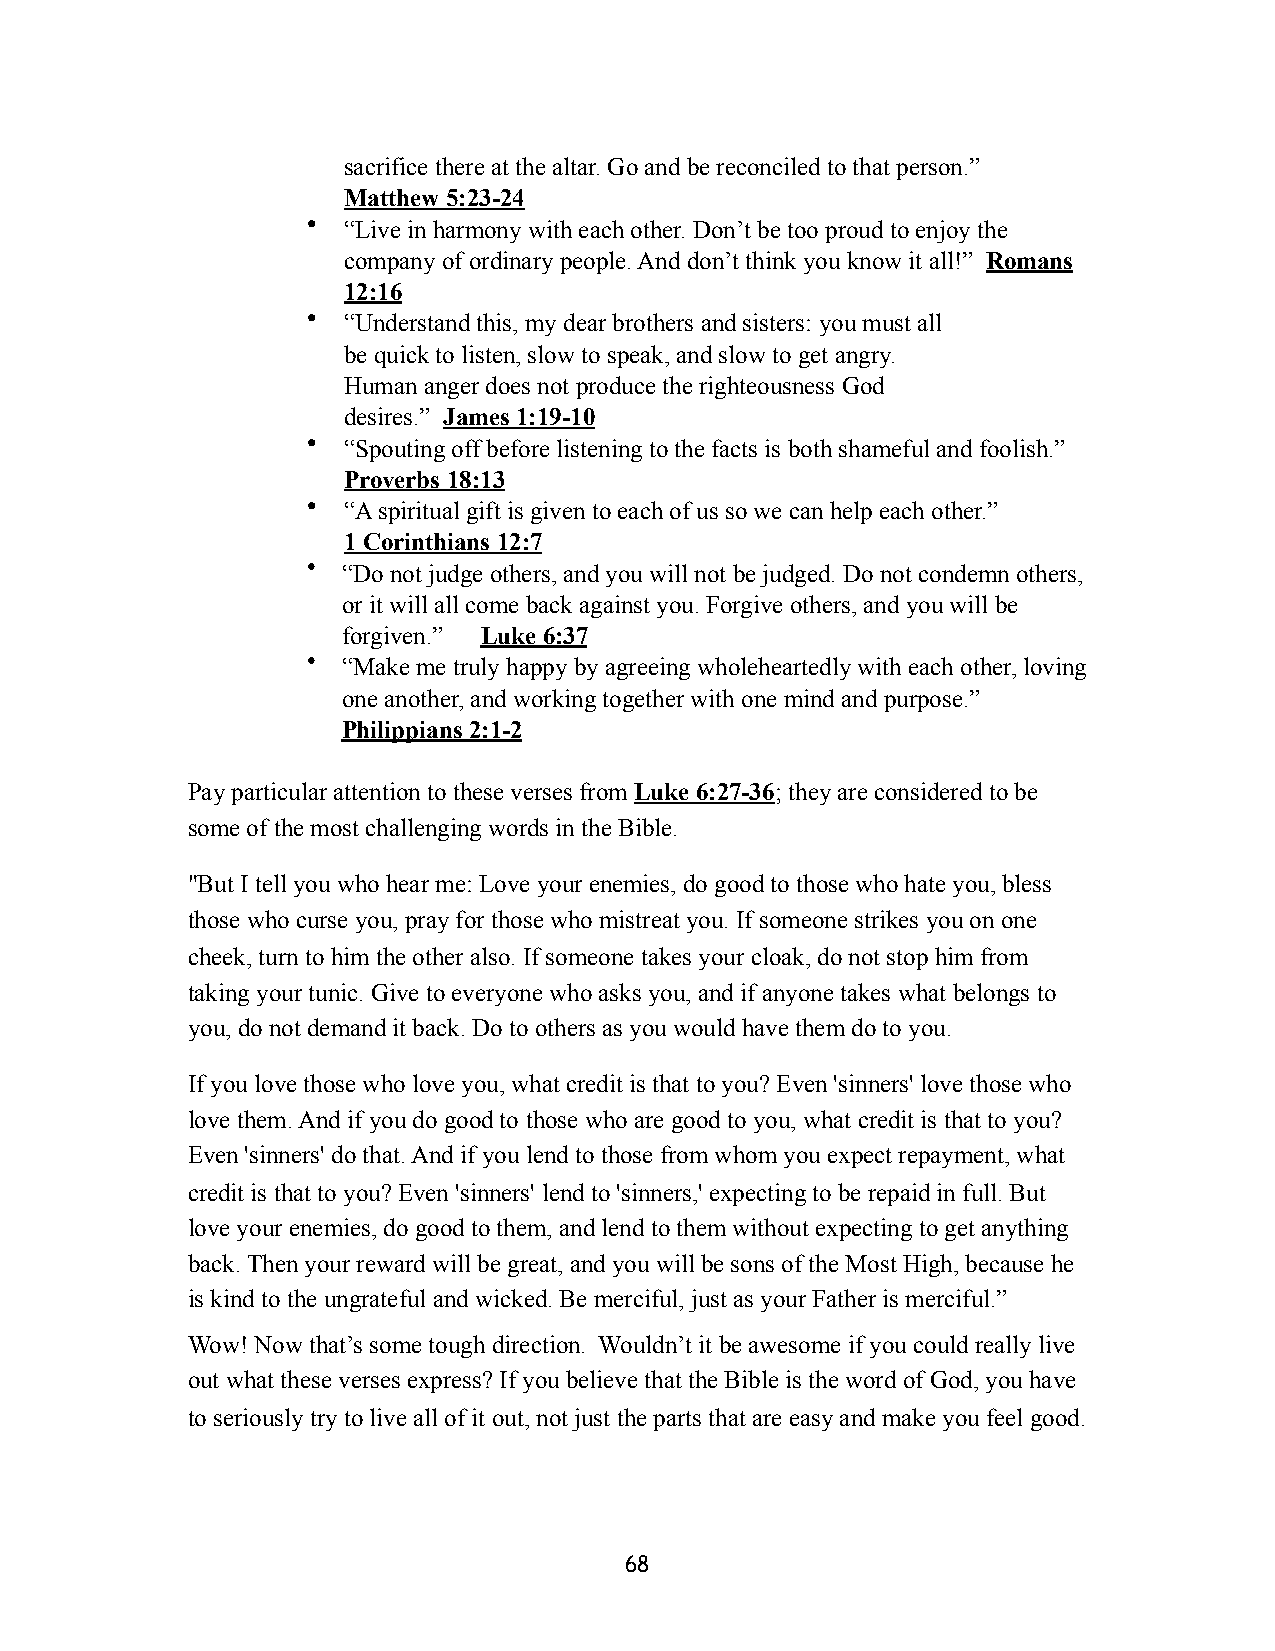
sacrifice there at the altar. Go and be reconciled to that person.”
 Matthew 5:23-24
 •  “Live in harmony with each other. Don’t be too proud to enjoy the
 company of ordinary people. And don’t think you know it all!” Romans
 12:16
 •  “Understand this, my dear brothers and sisters: you must all
 be quick to listen, slow to speak, and slow to get angry.
 Human anger does not produce the righteousness God
 desires.” James 1:19-10
 •  “Spouting off before listening to the facts is both shameful and foolish.”
 Proverbs 18:13
 •  “A spiritual gift is given to each of us so we can help each other.”
 1 Corinthians 12:7
 •  “Do not judge others, and you will not be judged. Do not condemn others,
 or it will all come back against you. Forgive others, and you will be
 forgiven.” Luke 6:37
 •  “Make me truly happy by agreeing wholeheartedly with each other, loving
 one another, and working together with one mind and purpose.”
 Philippians 2:1-2
 Pay particular attention to these verses from Luke 6:27-36; they are considered to be
 some of the most challenging words in the Bible.
 "But I tell you who hear me: Love your enemies, do good to those who hate you, bless
 those who curse you, pray for those who mistreat you. If someone strikes you on one
 cheek, turn to him the other also. If someone takes your cloak, do not stop him from
 taking your tunic. Give to everyone who asks you, and if anyone takes what belongs to
 you, do not demand it back. Do to others as you would have them do to you.
 If you love those who love you, what credit is that to you? Even 'sinners' love those who
 love them. And if you do good to those who are good to you, what credit is that to you?
 Even 'sinners' do that. And if you lend to those from whom you expect repayment, what
 credit is that to you? Even 'sinners' lend to 'sinners,' expecting to be repaid in full. But
 love your enemies, do good to them, and lend to them without expecting to get anything
 back. Then your reward will be great, and you will be sons of the Most High, because he
 is kind to the ungrateful and wicked. Be merciful, just as your Father is merciful.”
 Wow! Now that’s some tough direction. Wouldn’t it be awesome if you could really live
 out what these verses express? If you believe that the Bible is the word of God, you have
 to seriously try to live all of it out, not just the parts that are easy and make you feel good.
 68